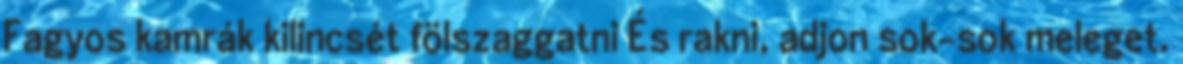
Fagyos kamrák kilincsét fölszaggatni És rakni, adjon sok-sok meleget.